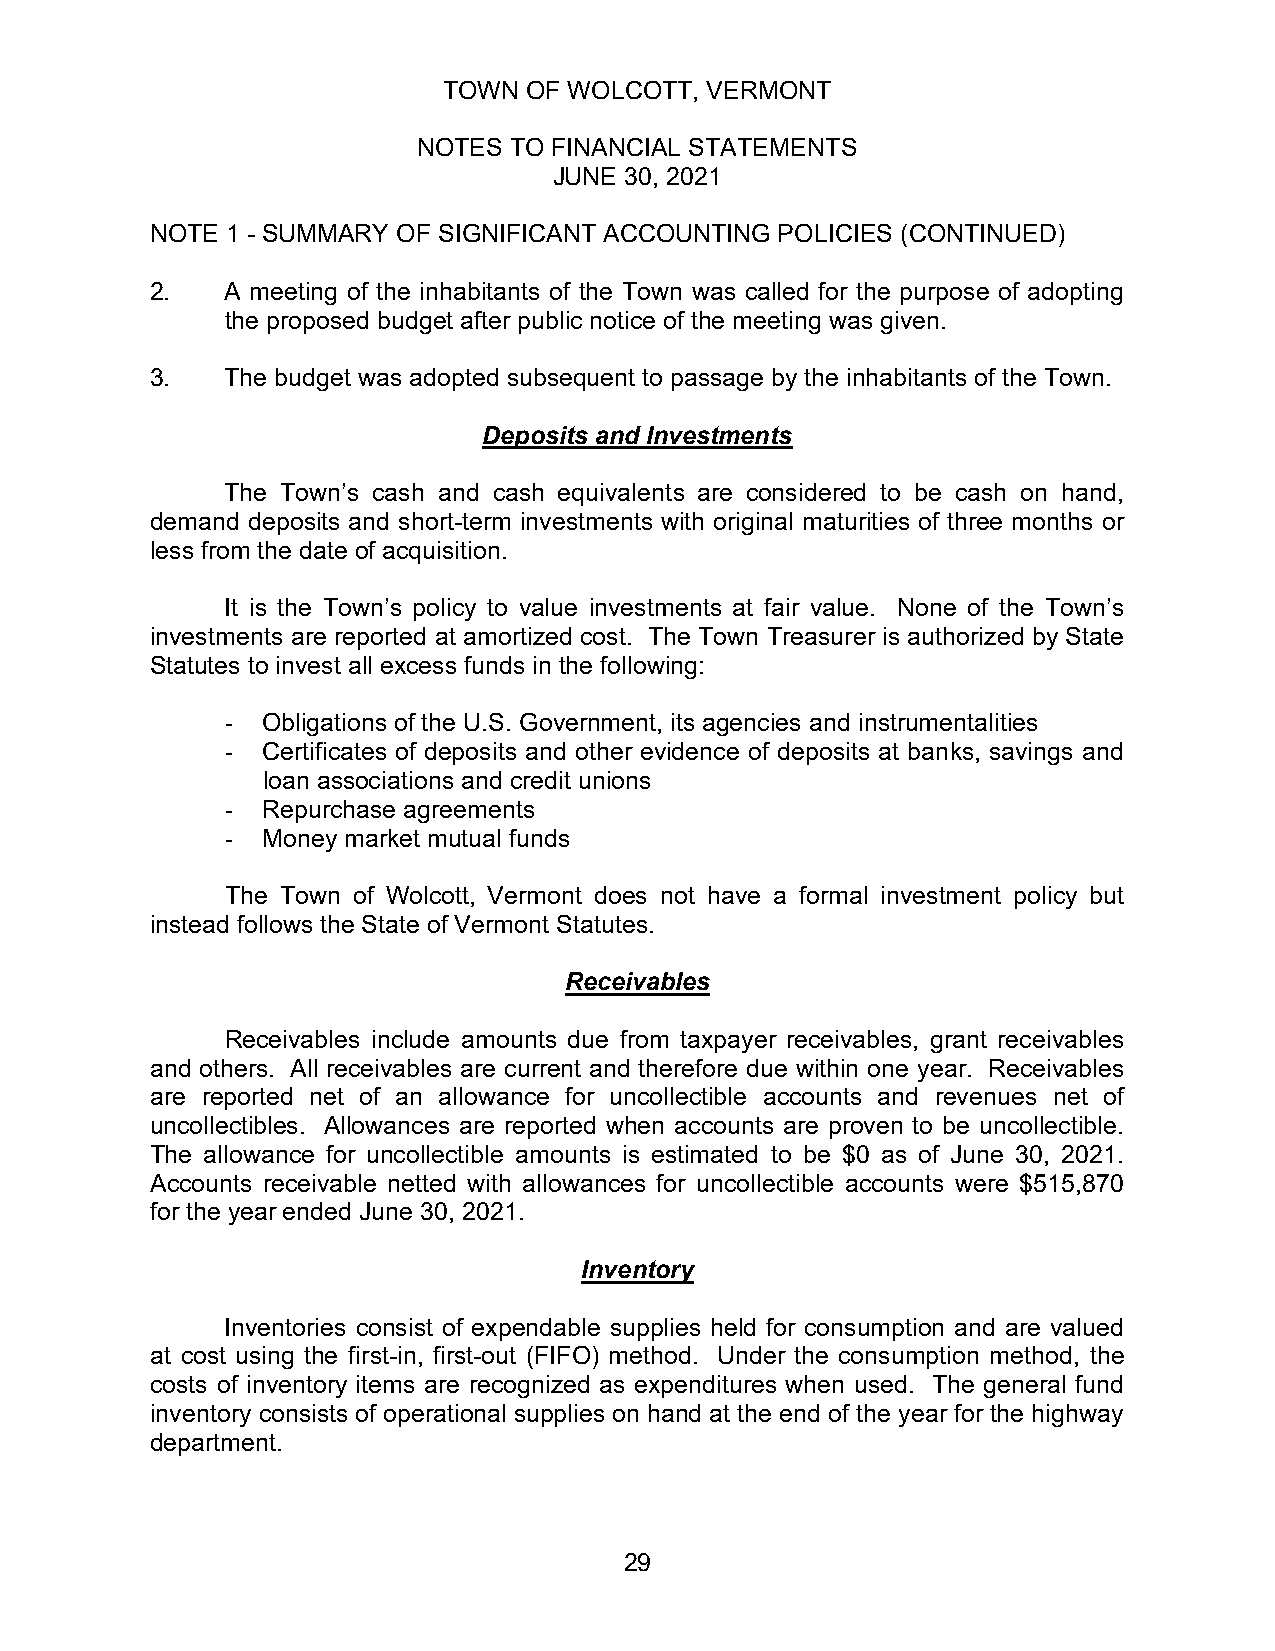
TOWN  OF WOLCOTT, VERMONT
 NOTES TO FINANCIAL STATEMENTS
 JUNE 30, 2021
 NOTE 1 - SUMMARY OF SIGNIFICANT ACCOUNTING POLICIES (CONTINUED)
 2.   A meeting of the inhabitants of the Town was called for the purpose of adopting
 the proposed budget after public notice of the meeting was given.
 3.   The budget was adopted subsequent to passage by the inhabitants of the Town.
 Deposits and Investments
 The Town’s cash and cash equivalents are considered to be cash on hand,
 demand deposits and short-term investments with original maturities of three months or
 less from the date of acquisition.
 It is the Town’s policy to value investments at fair value. None of the Town’s
 investments are reported at amortized cost. The Town Treasurer is authorized by State
 Statutes to invest all excess funds in the following:
 - Obligations of the U.S. Government, its agencies and instrumentalities
 - Certificates of deposits and other evidence of deposits at banks, savings and
 loan associations and credit unions
 - Repurchase agreements
 - Money market mutual funds
 The Town of Wolcott, Vermont does not have a formal investment policy but
 instead follows the State of Vermont Statutes.
 Receivables
 Receivables include amounts due from taxpayer receivables, grant receivables
 and others. All receivables are current and therefore due within one year. Receivables
 are reported net of an allowance for uncollectible accounts and revenues net of
 uncollectibles. Allowances are reported when accounts are proven to be uncollectible.
 The allowance for uncollectible amounts is estimated to be $0 as of June 30, 2021.
 Accounts receivable netted with allowances for uncollectible accounts were $515,870
 for the year ended June 30, 2021.
 Inventory
 Inventories consist of expendable supplies held for consumption and are valued
 at cost using the first-in, first-out (FIFO) method. Under the consumption method, the
 costs of inventory items are recognized as expenditures when used. The general fund
 inventory consists of operational supplies on hand at the end of the year for the highway
 department.
 29